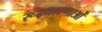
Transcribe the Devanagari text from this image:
रूढ़धारणाओं